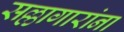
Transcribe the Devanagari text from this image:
सल्लागारांना